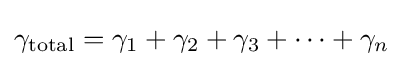
\gamma _{\mathrm {total} }=\gamma _{1}+\gamma _{2}+\gamma _{3}+\cdots +\gamma _{n}